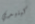
كينيدي